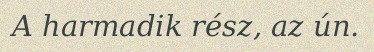
A harmadik rész, az ún.